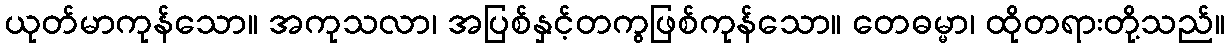
ယုတ်မာကုန်သော။ အကုသလာ၊ အပြစ်နှင့်တကွဖြစ်ကုန်သော။ တေဓမ္မာ၊ ထိုတရားတို့သည်။